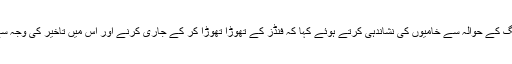
کمیٹی نے پروکیورمنٹ اور ٹینڈرنگ کے حوالہ سے خامیوں کی نشاندہی کرتے ہوئے کہا کہ فنڈز کے تھوڑا تھوڑا کر کے جاری کرنے اور اس میں تاخیر کی وجہ سے خریداری کا عمل متاثر ہوتا ہے۔